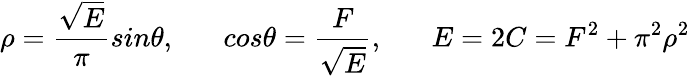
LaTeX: \rho=\frac{\sqrt E}{\pi}sin\theta,\; \; \; \; \; \; cos\theta=\frac{F}{\sqrt E},\; \; \; \; \; \; E=2C=F^{2}+\pi^{2}\rho^{2}